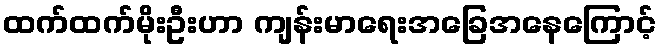
ထက်ထက်မိုးဦးဟာ ကျန်းမာရေးအခြေအနေကြောင့်